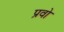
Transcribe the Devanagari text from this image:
प्रवो